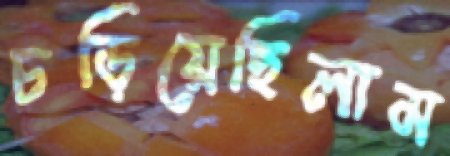
চড়িয়েছিলাম